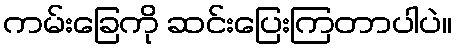
ကမ်းခြေကို ဆင်းပြေးကြတာပါပဲ။